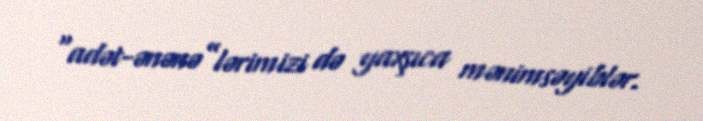
“adət-ənənə”lərimizi də yaxşıca mənimsəyiblər.